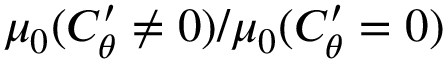
\mu _ { 0 } ( C _ { \theta } ^ { \prime } \neq 0 ) / \mu _ { 0 } ( C _ { \theta } ^ { \prime } = 0 )